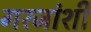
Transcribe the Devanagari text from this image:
गरजांशी